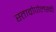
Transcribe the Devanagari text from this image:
स्ताव्रोपोलस्की